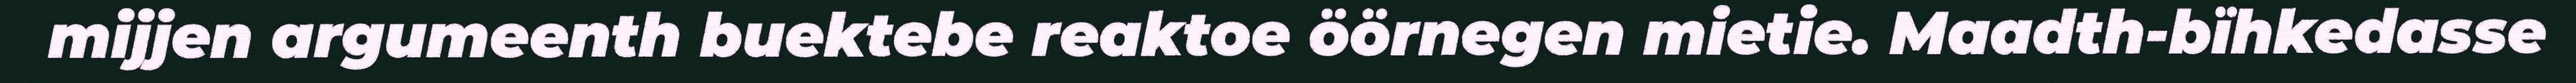
mijjen argumeenth buektebe reaktoe öörnegen mietie. Maadth-bïhkedasse